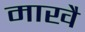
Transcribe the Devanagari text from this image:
माखै